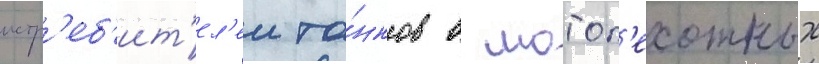
истр'еб'ит'ел'еи та́нков в мотоп'ехотных